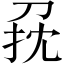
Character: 𠜭